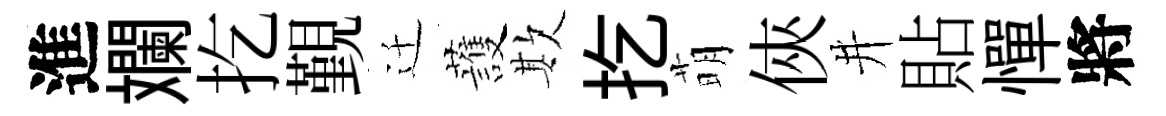
進斕扢覲迁䕶欺扢萌俠井貼憚將